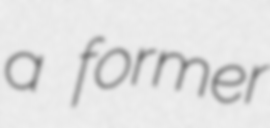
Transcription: a former